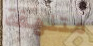
متلهفة